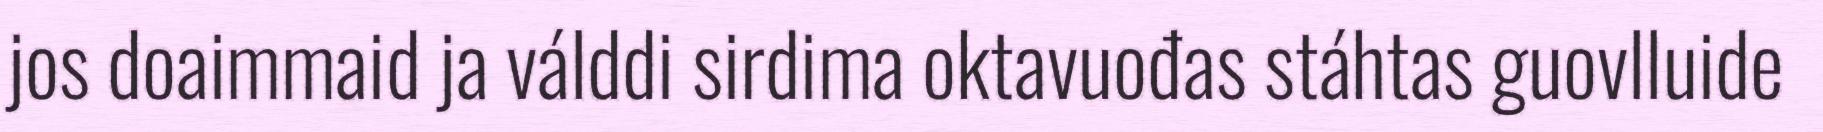
jos doaimmaid ja válddi sirdima oktavuođas stáhtas guovlluide